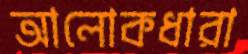
আলোকধারা